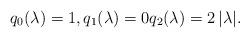
LaTeX: \begin{align*}q_0({\lambda})=1,q_1({\lambda})=0 q_2({\lambda})=2\,|\lambda|.\end{align*}